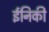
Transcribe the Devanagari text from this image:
ईनिकी